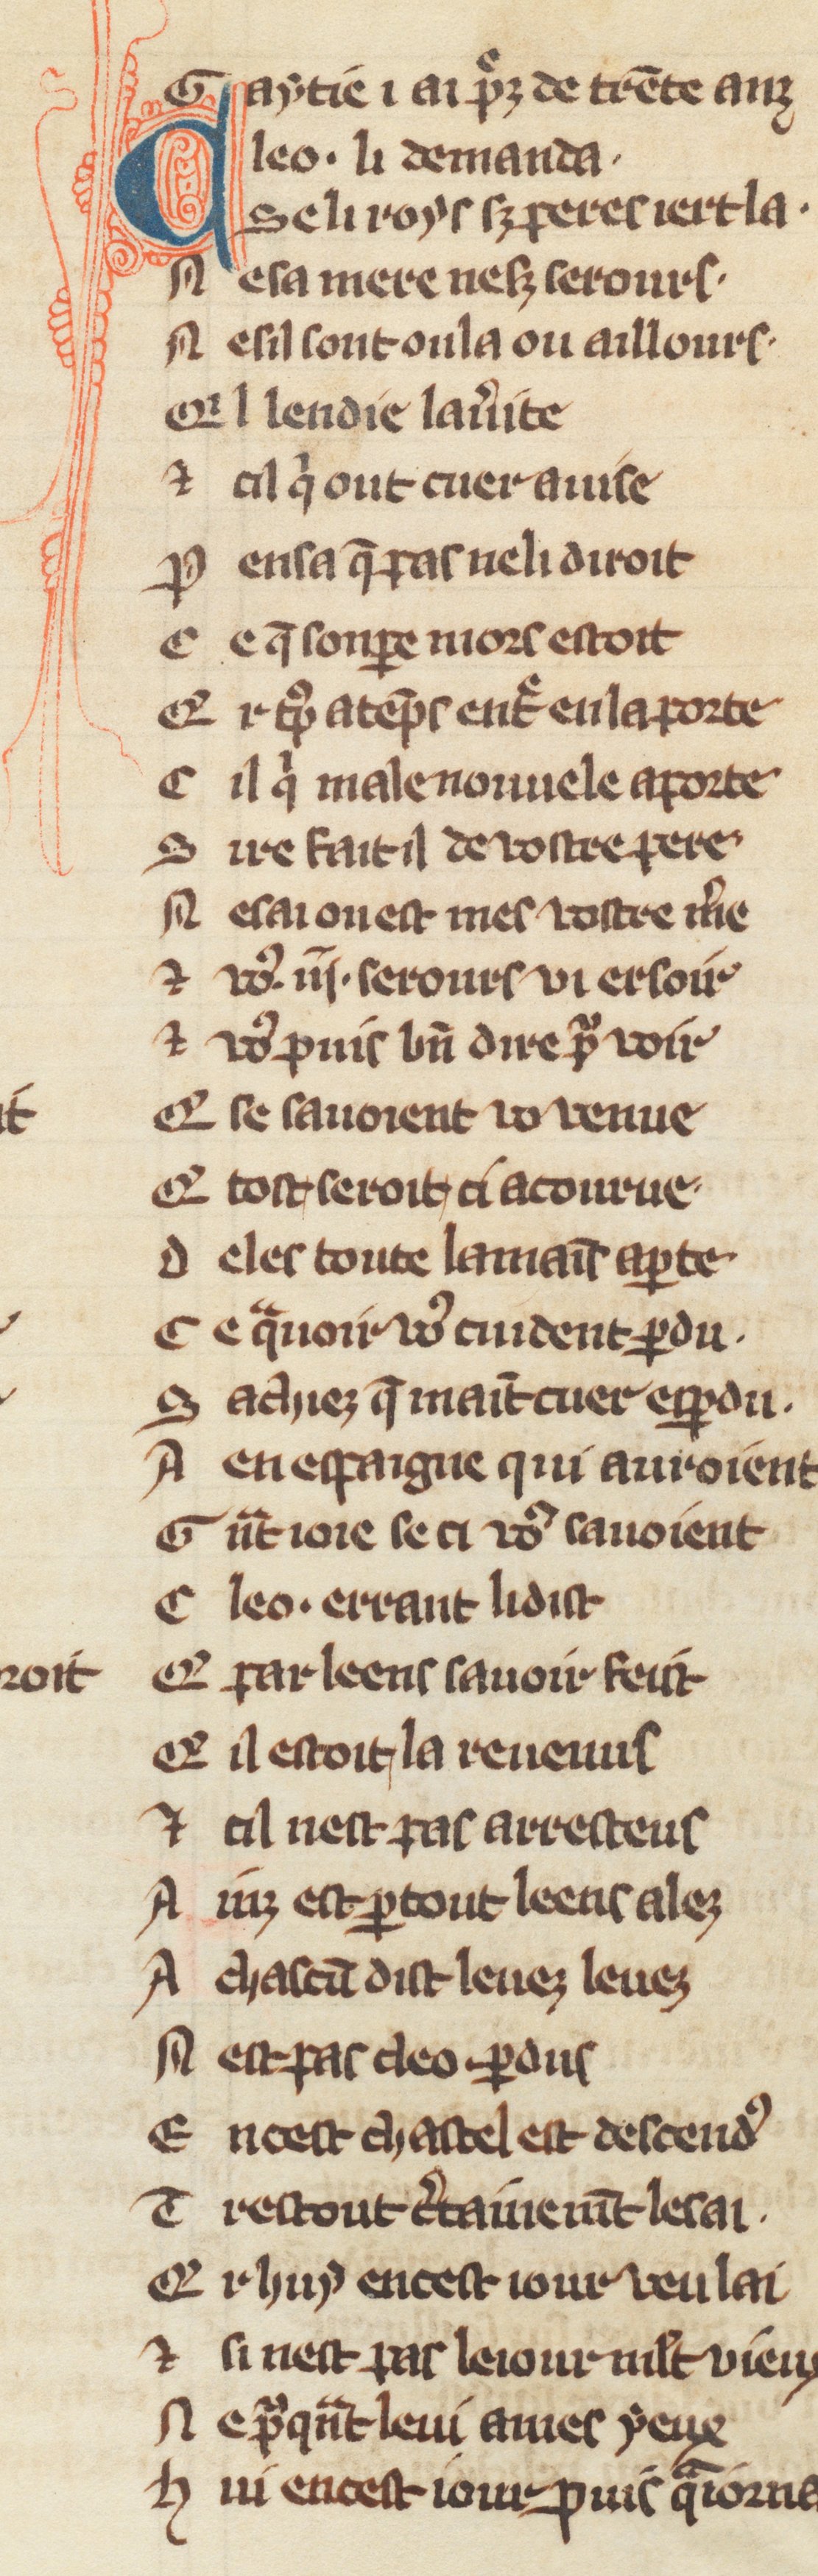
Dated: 1270–1299